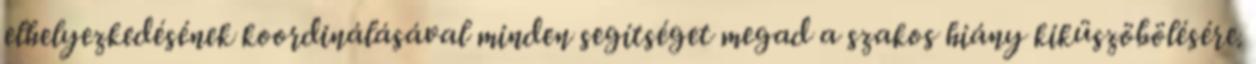
elhelyezkedésének koordinálásával minden segítséget megad a szakos hiány kiküszöbölésére.